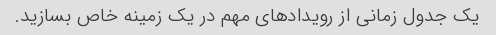
یک جدول زمانی از رویدادهای مهم در یک زمینه خاص بسازید.